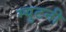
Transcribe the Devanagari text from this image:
म्युटनी